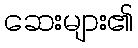
ဆေးများ၏